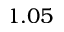
1 . 0 5